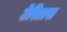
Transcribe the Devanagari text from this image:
टेरिअस